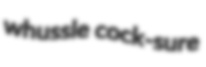
whussle cock-sure